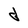
Character: d